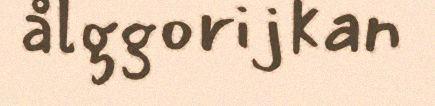
ålggorijkan